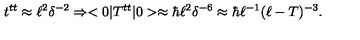
t ^ { t t } \approx \ell ^ { 2 } \delta ^ { - 2 } \Rightarrow < 0 | T ^ { t t } | 0 > \approx \hbar \ell ^ { 2 } \delta ^ { - 6 } \approx \hbar \ell ^ { - 1 } ( \ell - T ) ^ { - 3 } .